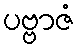
ပဗ္ဗာဇံ